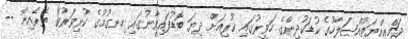
ޖަމްޢިއްޔަތުއްޞަލާހުގެ ކުޑަކުދިންގެ ހަވީރުގައި ކުރިއަށް ދިޔަ ބޮޑުފައިވާނުގައި ހިނގުމުގެ ކުޅިވަރުގެ ތެރެއިން --